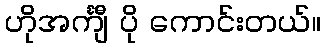
ဟိုအင်္ကျီ ပို ကောင်းတယ်။